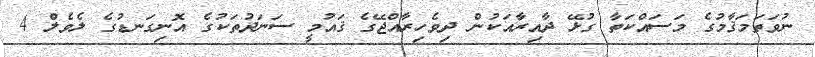
ނުވަތަމަޤާމުގެ މަސައްކަތާ ގުޅޭ ދާއިރާއަކުން ދިވެހިރާއްޖޭގެ ޤައުމީ ސަނަދުތަކުގެ އޮނިގަނޑުގެ ލެވެލް 4